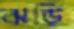
ঝড়ি